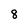
Character: 8